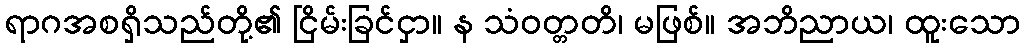
ရာဂအစရှိသည်တို့၏ ငြိမ်းခြင်ငှာ။ န သံဝတ္တတိ၊ မဖြစ်။ အဘိညာယ၊ ထူးသော